Vaccination report Assam 1896-1927 - 1896-1927
Year: 1896
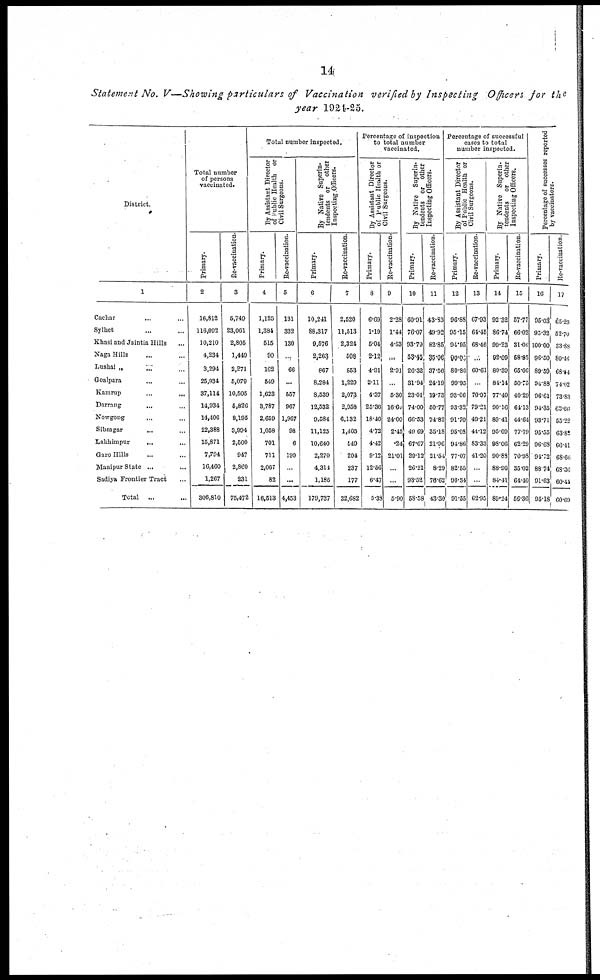
14
Statement No. V—Showing particulars of Vaccination verified by Inspecting Officers for the
year 1924-25.
District.
1
Cachar ... ...
Sylhet ... ...
Khasi and Jaintia Hills ...
Naga Hills ... ...
Lushai „ ... ...
Goalpara ... ...
Kamrap
...
...
Darrang ... ...
Nowgong ... ...
Sibsagar
... ...
Lakhimpur
... ...
Garo Hills ... ...
Manipur State ...
Sadiya Frontier Tract ...
Total ...
Total number
of persons
vaccinated.
Primary.
2
16,812
116,092
10,210
4,234
3,294
25,934
37,114
14,034
14,406
22,388
15,871
7,794
10,460
1,267
306,810
Re-vaccination.
3
5,749
23,061
2,805
1,449
2,271
5,079
10,505
5,826
8,195
3,994
2,500
947
2,860
231
75,472
Total number inspected.
By Assistant Director
of Public
Health or
Civil Surgeons.
Primary.
4
1,125
1,384
515
90
162
649
1,623
3,787
2,659
1,058
701
711
2,067
82
16,513
Re-vaccination.
5
131
332
130
...
66
...
557
967
1,967
98
6
199
...
...
4,453
By Native Superin-
tendents or
other
Inspecting Officers.
Primary.
6
10,241
88,317
9,576
2,263
867
8,284
8,539
12,532
9,584
11,125
10,640
2,270
4,314
1,185
179,737
Re-vaccination.
7
2,520
11,513
2,324
508
653
1,229
2,073
2,958
6,132
1,405
549
204
237
177
32,682
Percentage of inspection
to total number
vaccinated.
By Assistant Director
of public Health or
Civil Surgeons.
Primary.
8
6.69
1.19
5.04
2.12
4.91
2.11
4.37
25.36
18.46
4.72
4.42
9.12
12.56
6.47
5.38
Re-vaccination.
9
2.28
1.44
4.63
...
2.91
...
5.30
16.60
24.00
2.45
.24
21.01
...
...
5.90
By Native Superin-
tendents or other
Inspecting Officers.
Primary.
10
60.91
76.07
93.79
53.45
26.32
31.04
23.01
74.00
66.53
49.69
67.67
29.12
26.21
93.52
58.58
Re-vaccination.
11
43.83
49.92
82.85
35.06
37.56
24.19
19.73
50.77
74.82
85.18
21.96
21.54
8.29
76.62
43.30
Percentage of successful
cases to total
number inspected.
By Assistant Director
of Public Health or
Civil Surgeons.
Primary.
12
96.88
95.15
94.95
90. 00
80.86
99.95
93.06
93.32
91.70
95.08
94.86
77.07
82.55
96.34
91.55
Re-vaccination
13
67.93
64.45
68.46
...
60.61
..
70.97
79.21
49.21
41.12
83.33
41.20
...
...
62.95
By Native Superin-
tendents
or other
Inspecting Officers.
Primary.
14
92.32
86.74
99.23
92.09
80.39
84.14
77.49
90.16
89.41
95.09
98.06
90.83
88.96
84.41
89.24
Re-vaccination.
15
57.77
66.02
31.06
58.85
65.06
50.75
40.29
64.13
44.64
77.79
62.29
70.98
35.02
64.10
56.36
Percentage of successes reported
by vaccinators.
Primary.
16
95.03
95.32
100.00
96.50
89.59
94.88
96.61
94.35
93.71
95.55
96.68
94.72
88.74
91.63
95.18
Re-vaccination
17
65.29
52.70
33.88
80.46
68.54
74.02
73.83
63.66
55.22
63.82
66.41
68.66
68.36
60.41
60.69